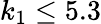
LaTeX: k_{1}\leq 5.3